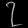
Digit: ၇